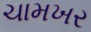
ચામખર